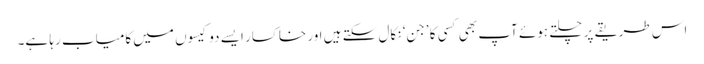
اس طریقے پر چلتے ہوئے آپ بھی کسی کا ’جن‘ نکال سکتے ہیں اور خاکسار ایسے دو کیسوں میں کامیاب رہا ہے۔